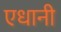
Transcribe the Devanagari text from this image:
एधानी